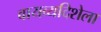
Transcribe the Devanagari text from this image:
वायव्यदिशेला